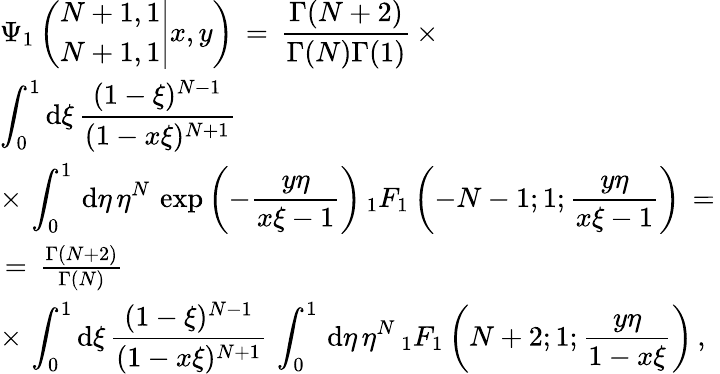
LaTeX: \begin{array}{l}{\displaystyle\Psi_{1}\left(\left.\begin{array}{l}{N+1,1}\\ {N+1,1}\end{array}\right|x,y\right)\, =\, \frac{\Gamma(N+2)}{\Gamma(N)\Gamma(1)}\, \times}\\ {\displaystyle\int_{0}^{1}\mathrm{d}\xi\, \frac{(1-\xi)^{N-1}}{(1-x\xi)^{N+1}}\, \, }\\ {\displaystyle\times\, \int_{0}^{1}\, \mathrm{d}\eta\, \eta^{N}\, \exp\left(-\frac{y\eta}{x\xi-1}\right)\, _{1}F_{1}\left(-N-1;1;\frac{y\eta}{x\xi-1}\right)\, =\, }\\ {\, =\, \frac{\Gamma(N+2)}{\Gamma(N)}\, \, }\\ {\displaystyle\times\, \displaystyle\int_{0}^{1}\mathrm{d}\xi\, \frac{(1-\xi)^{N-1}}{(1-x\xi)^{N+1}}\, \int_{0}^{1}\, \mathrm{d}\eta\, \eta^{N}\, _{1}F_{1}\left(N+2;1;\frac{y\eta}{1-x\xi}\right)\, ,}\end{array}